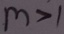
m > 1